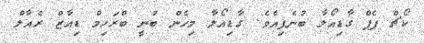
ކޯޗް ޕެޕް ގާޑިއޯލާ ބުނެފިއެވެ. ގާޑިއޯލާ މިހެން ބުނީ ބްރަހިމް ޑިއާޒް ރެއާލް